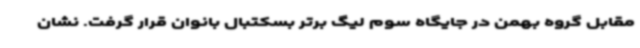
مقابل گروه بهمن در جایگاه سوم لیگ برتر بسکتبال بانوان قرار گرفت. نشان